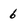
Character: 6